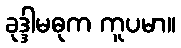
ခုဒ္ဒါမဓုက ကူပမာ။